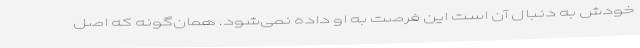
خودش به دنبال آن است این فرصت به او داده نمی‌شود. همان‌گونه که اصل